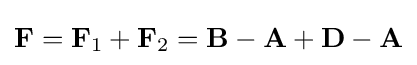
\mathbf {F} =\mathbf {F} _{1}+\mathbf {F} _{2}=\mathbf {B} -\mathbf {A} +\mathbf {D} -\mathbf {A}